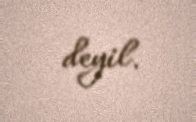
deyil.